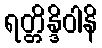
ရတ္တိန္ဒိဝါနိ